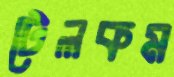
টেলকম